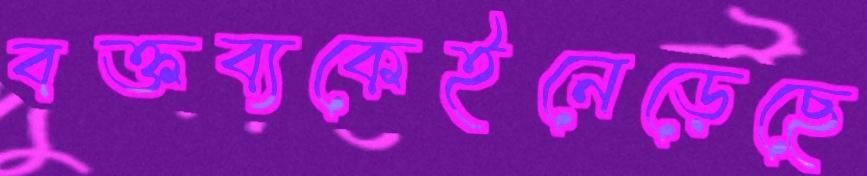
বক্তব্যকেইনেড়েছে